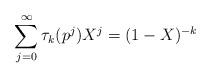
LaTeX: \begin{align*} \sum_{j=0}^{\infty} \tau_{k}(p^j) X^{j} = (1-X)^{-k}\end{align*}